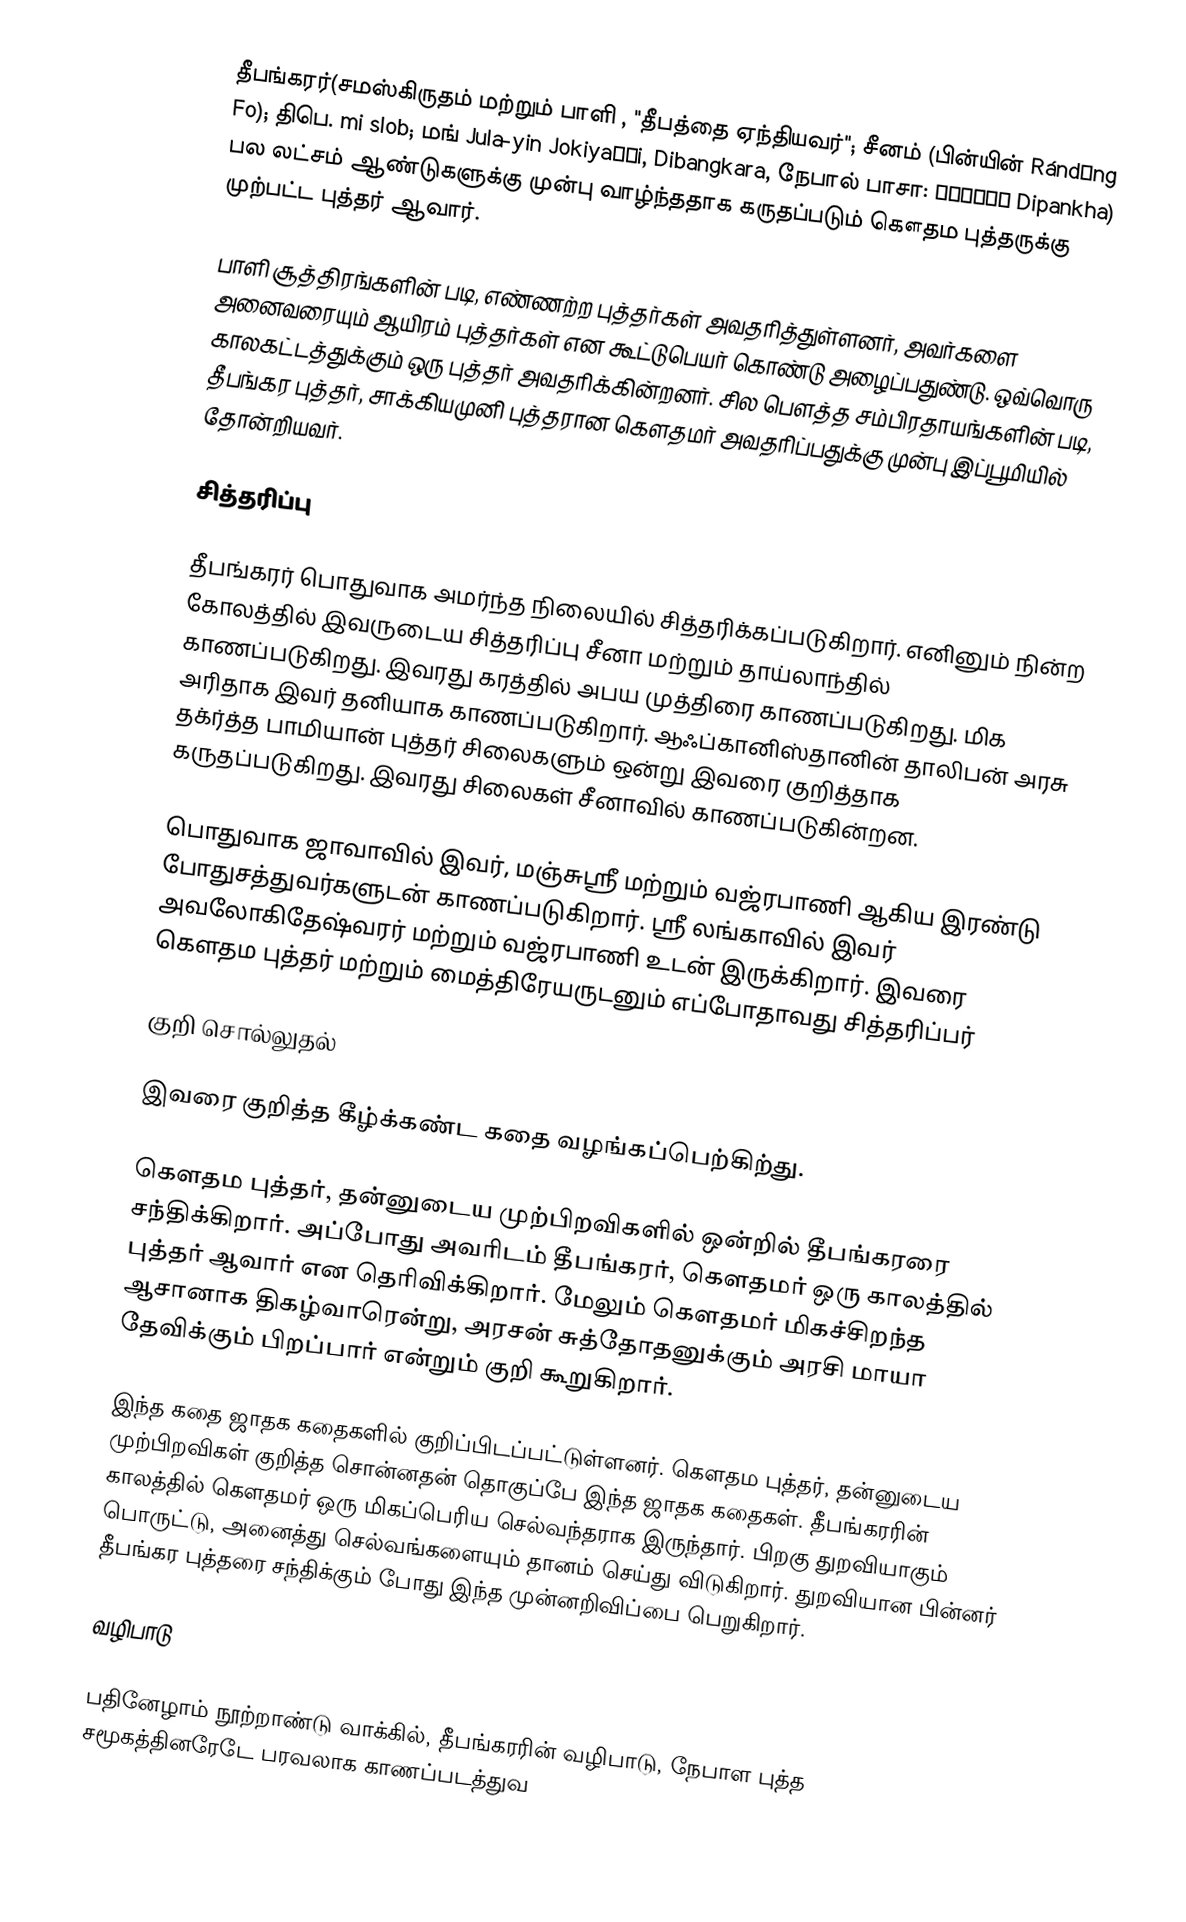
தீபங்கரர்(சமஸ்கிருதம் மற்றும் பாளி , "தீபத்தை ஏந்தியவர்"; சீனம்  (பின்யின் Rándēng Fo); திபெ. mi slob; மங் Jula-yin Jokiyaγči, Dibangkara, நேபால் பாசா: दिपंखा Dipankha) பல லட்சம் ஆண்டுகளுக்கு முன்பு வாழ்ந்ததாக கருதப்படும் கௌதம புத்தருக்கு முற்பட்ட புத்தர் ஆவார்.

பாளி சூத்திரங்களின் படி, எண்ணற்ற புத்தர்கள் அவதரித்துள்ளனர், அவர்களை அனைவரையும் ஆயிரம் புத்தர்கள் என கூட்டுபெயர் கொண்டு அழைப்பதுண்டு. ஒவ்வொரு காலகட்டத்துக்கும் ஒரு புத்தர் அவதரிக்கின்றனர். சில பௌத்த சம்பிரதாயங்களின் படி, தீபங்கர புத்தர், சாக்கியமுனி புத்தரான கௌதமர் அவதரிப்பதுக்கு முன்பு இப்பூமியில் தோன்றியவர்.

சித்தரிப்பு

தீபங்கரர் பொதுவாக அமர்ந்த நிலையில் சித்தரிக்கப்படுகிறார். எனினும் நின்ற கோலத்தில் இவருடைய சித்தரிப்பு சீனா மற்றும் தாய்லாந்தில் காணப்படுகிறது. இவரது கரத்தில் அபய முத்திரை காணப்படுகிறது. மிக அரிதாக இவர் தனியாக காணப்படுகிறார். ஆஃப்கானிஸ்தானின் தாலிபன் அரசு தக்ர்த்த பாமியான் புத்தர் சிலைகளும் ஒன்று இவரை குறித்தாக கருதப்படுகிறது. இவரது சிலைகள் சீனாவில் காணப்படுகின்றன.

பொதுவாக ஜாவாவில் இவர், மஞ்சுஸ்ரீ மற்றும் வஜ்ரபாணி ஆகிய இரண்டு போதுசத்துவர்களுடன் காணப்படுகிறார். ஸ்ரீ லங்காவில் இவர் அவலோகிதேஷ்வரர் மற்றும் வஜ்ரபாணி உடன் இருக்கிறார். இவரை கௌதம புத்தர் மற்றும் மைத்திரேயருடனும் எப்போதாவது சித்தரிப்பர்

குறி சொல்லுதல்

இவரை குறித்த கீழ்க்கண்ட கதை வழங்கப்பெற்கிற்து.

கௌதம புத்தர், தன்னுடைய முற்பிறவிகளில் ஒன்றில் தீபங்கரரை சந்திக்கிறார். அப்போது அவரிடம் தீபங்கரர், கௌதமர் ஒரு காலத்தில் புத்தர் ஆவார் என தெரிவிக்கிறார். மேலும் கௌதமர் மிகச்சிறந்த ஆசானாக திகழ்வாரென்று, அரசன் சுத்தோதனுக்கும் அரசி மாயா தேவிக்கும் பிறப்பார் என்றும் குறி கூறுகிறார்.

இந்த கதை ஜாதக கதைகளில் குறிப்பிடப்பட்டுள்ளனர். கௌதம புத்தர், தன்னுடைய முற்பிறவிகள் குறித்த சொன்னதன் தொகுப்பே இந்த ஜாதக கதைகள். தீபங்கரரின் காலத்தில் கௌதமர் ஒரு மிகப்பெரிய செல்வந்தராக இருந்தார். பிறகு துறவியாகும் பொருட்டு, அனைத்து செல்வங்களையும் தானம் செய்து விடுகிறார். துறவியான பின்னர் தீபங்கர புத்தரை சந்திக்கும் போது இந்த முன்னறிவிப்பை பெறுகிறார்.

வழிபாடு

பதினேழாம் நூற்றாண்டு வாக்கில், தீபங்கரரின் வழிபாடு, நேபாள புத்த சமூகத்தினரேடே பரவலாக காணப்படத்துவ